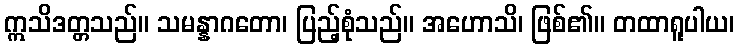
ဣသိဒတ္တသည်။ သမန္နာဂတော၊ ပြည့်စုံသည်။ အဟောသိ၊ ဖြစ်၏။ တထာရူပါယ၊